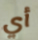
أي